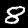
Label: 8